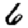
Digit: 6